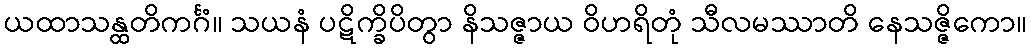
ယထာသန္ထတိကင်္ဂံ။ သယနံ ပဋိက္ခိပိတွာ နိသဇ္ဇာယ ဝိဟရိတုံ သီလမဿာတိ နေသဇ္ဇိကော။